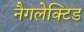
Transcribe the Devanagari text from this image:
नैगलेक्टिड